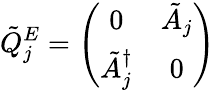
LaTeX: \tilde{Q}_{j}^{E}=\left(\begin{array}{cc}{{0}}&{{\tilde{A}_{j}}}\\ {{\tilde{A}_{j}^{\dagger}}}&{{0}}\end{array}\right)